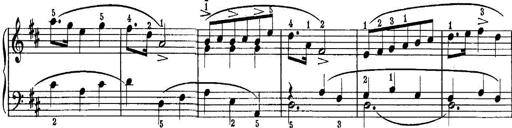
Title: Quatres sonatines
Composer: Tadeusz Joteyko